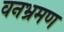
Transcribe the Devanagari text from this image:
वनभ्रमण